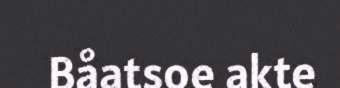
Båatsoe akte